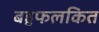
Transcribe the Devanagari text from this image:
बहुफलकित